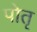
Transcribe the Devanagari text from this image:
पोतृ